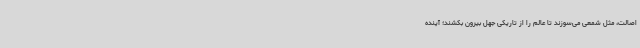
اصالت، مثل شمعی می‌سوزند تا عالم را از تاریکی جهل بیرون بکشند؛ آینده